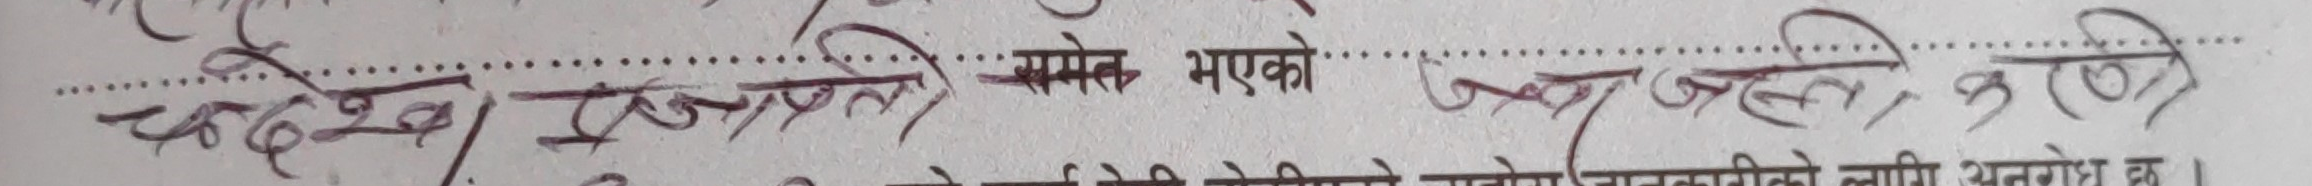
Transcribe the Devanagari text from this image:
चन्देखा संग्रहालय समेत भएको जानकारी गरे।